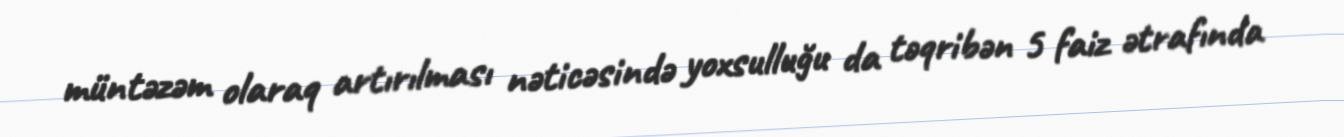
müntəzəm olaraq artırılması nəticəsində yoxsulluğu da təqribən 5 faiz ətrafında